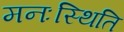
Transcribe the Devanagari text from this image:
मनःस्‍थिति